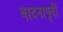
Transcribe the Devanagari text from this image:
वादनापूर्वी